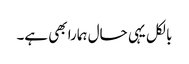
بالکل یہی حال ہمارا بھی ہے۔